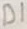
Text: D1